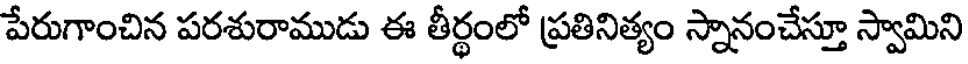
పేరుగాంచిన పరశురాముడు ఈ తీర్థంలో ప్రతినిత్యం స్నానంచేస్తూ స్వామిని